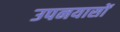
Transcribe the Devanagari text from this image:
उपनयासों